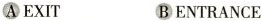
A EXIT B ENTRANCE